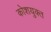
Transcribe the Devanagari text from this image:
कोशयुक्त